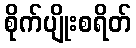
စိုက်ပျိုးစရိတ်